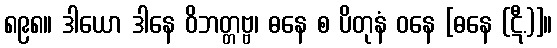
၈၉၈။ ဒါယော ဒါနေ ဝိဘတ္တဗ္ဗ၊ ဓနေ စ ပိတုနံ ဝနေ [ဓနေ (ဋီ.)]။